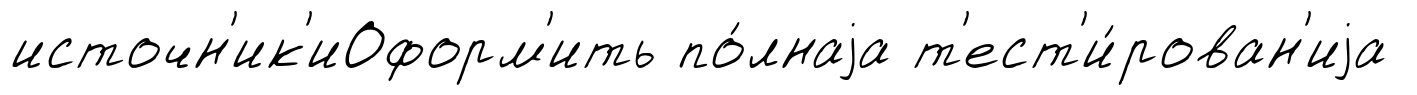
источн'ик'иОформ'ить по́лнаjа т'ест'и́рован'иjа